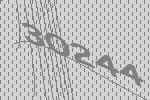
30244